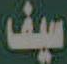
سيف